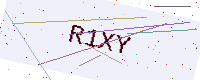
Text: R1XY